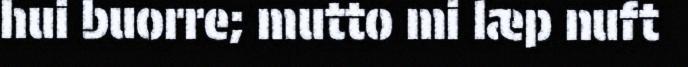
hui buorre; mutto mi læp nuft